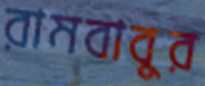
রামবাবুর